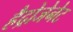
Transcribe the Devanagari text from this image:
हैद्रोजेनेट